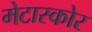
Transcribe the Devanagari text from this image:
मेटास्कोर